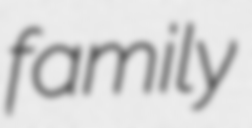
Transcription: family